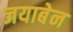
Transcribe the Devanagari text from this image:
जयाबेन